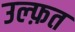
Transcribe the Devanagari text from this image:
उल्फ़त